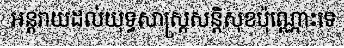
អន្តរាយដល់យុទ្ធសាស្ត្រសន្តិសុខប៉ុណ្ណោះទេ